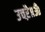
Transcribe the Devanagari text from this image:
उचऱै॥ॐ